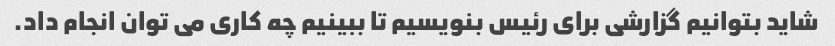
شاید بتوانیم گزارشی برای رئیس بنویسیم تا ببینیم چه کاری می توان انجام داد.